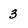
Character: 3